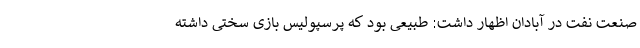
صنعت نفت در آبادان اظهار داشت: طبیعی بود که پرسپولیس بازی سختی داشته